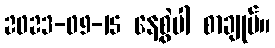
2023-09-15 နေ့စွဲပါ စာချုပ်။